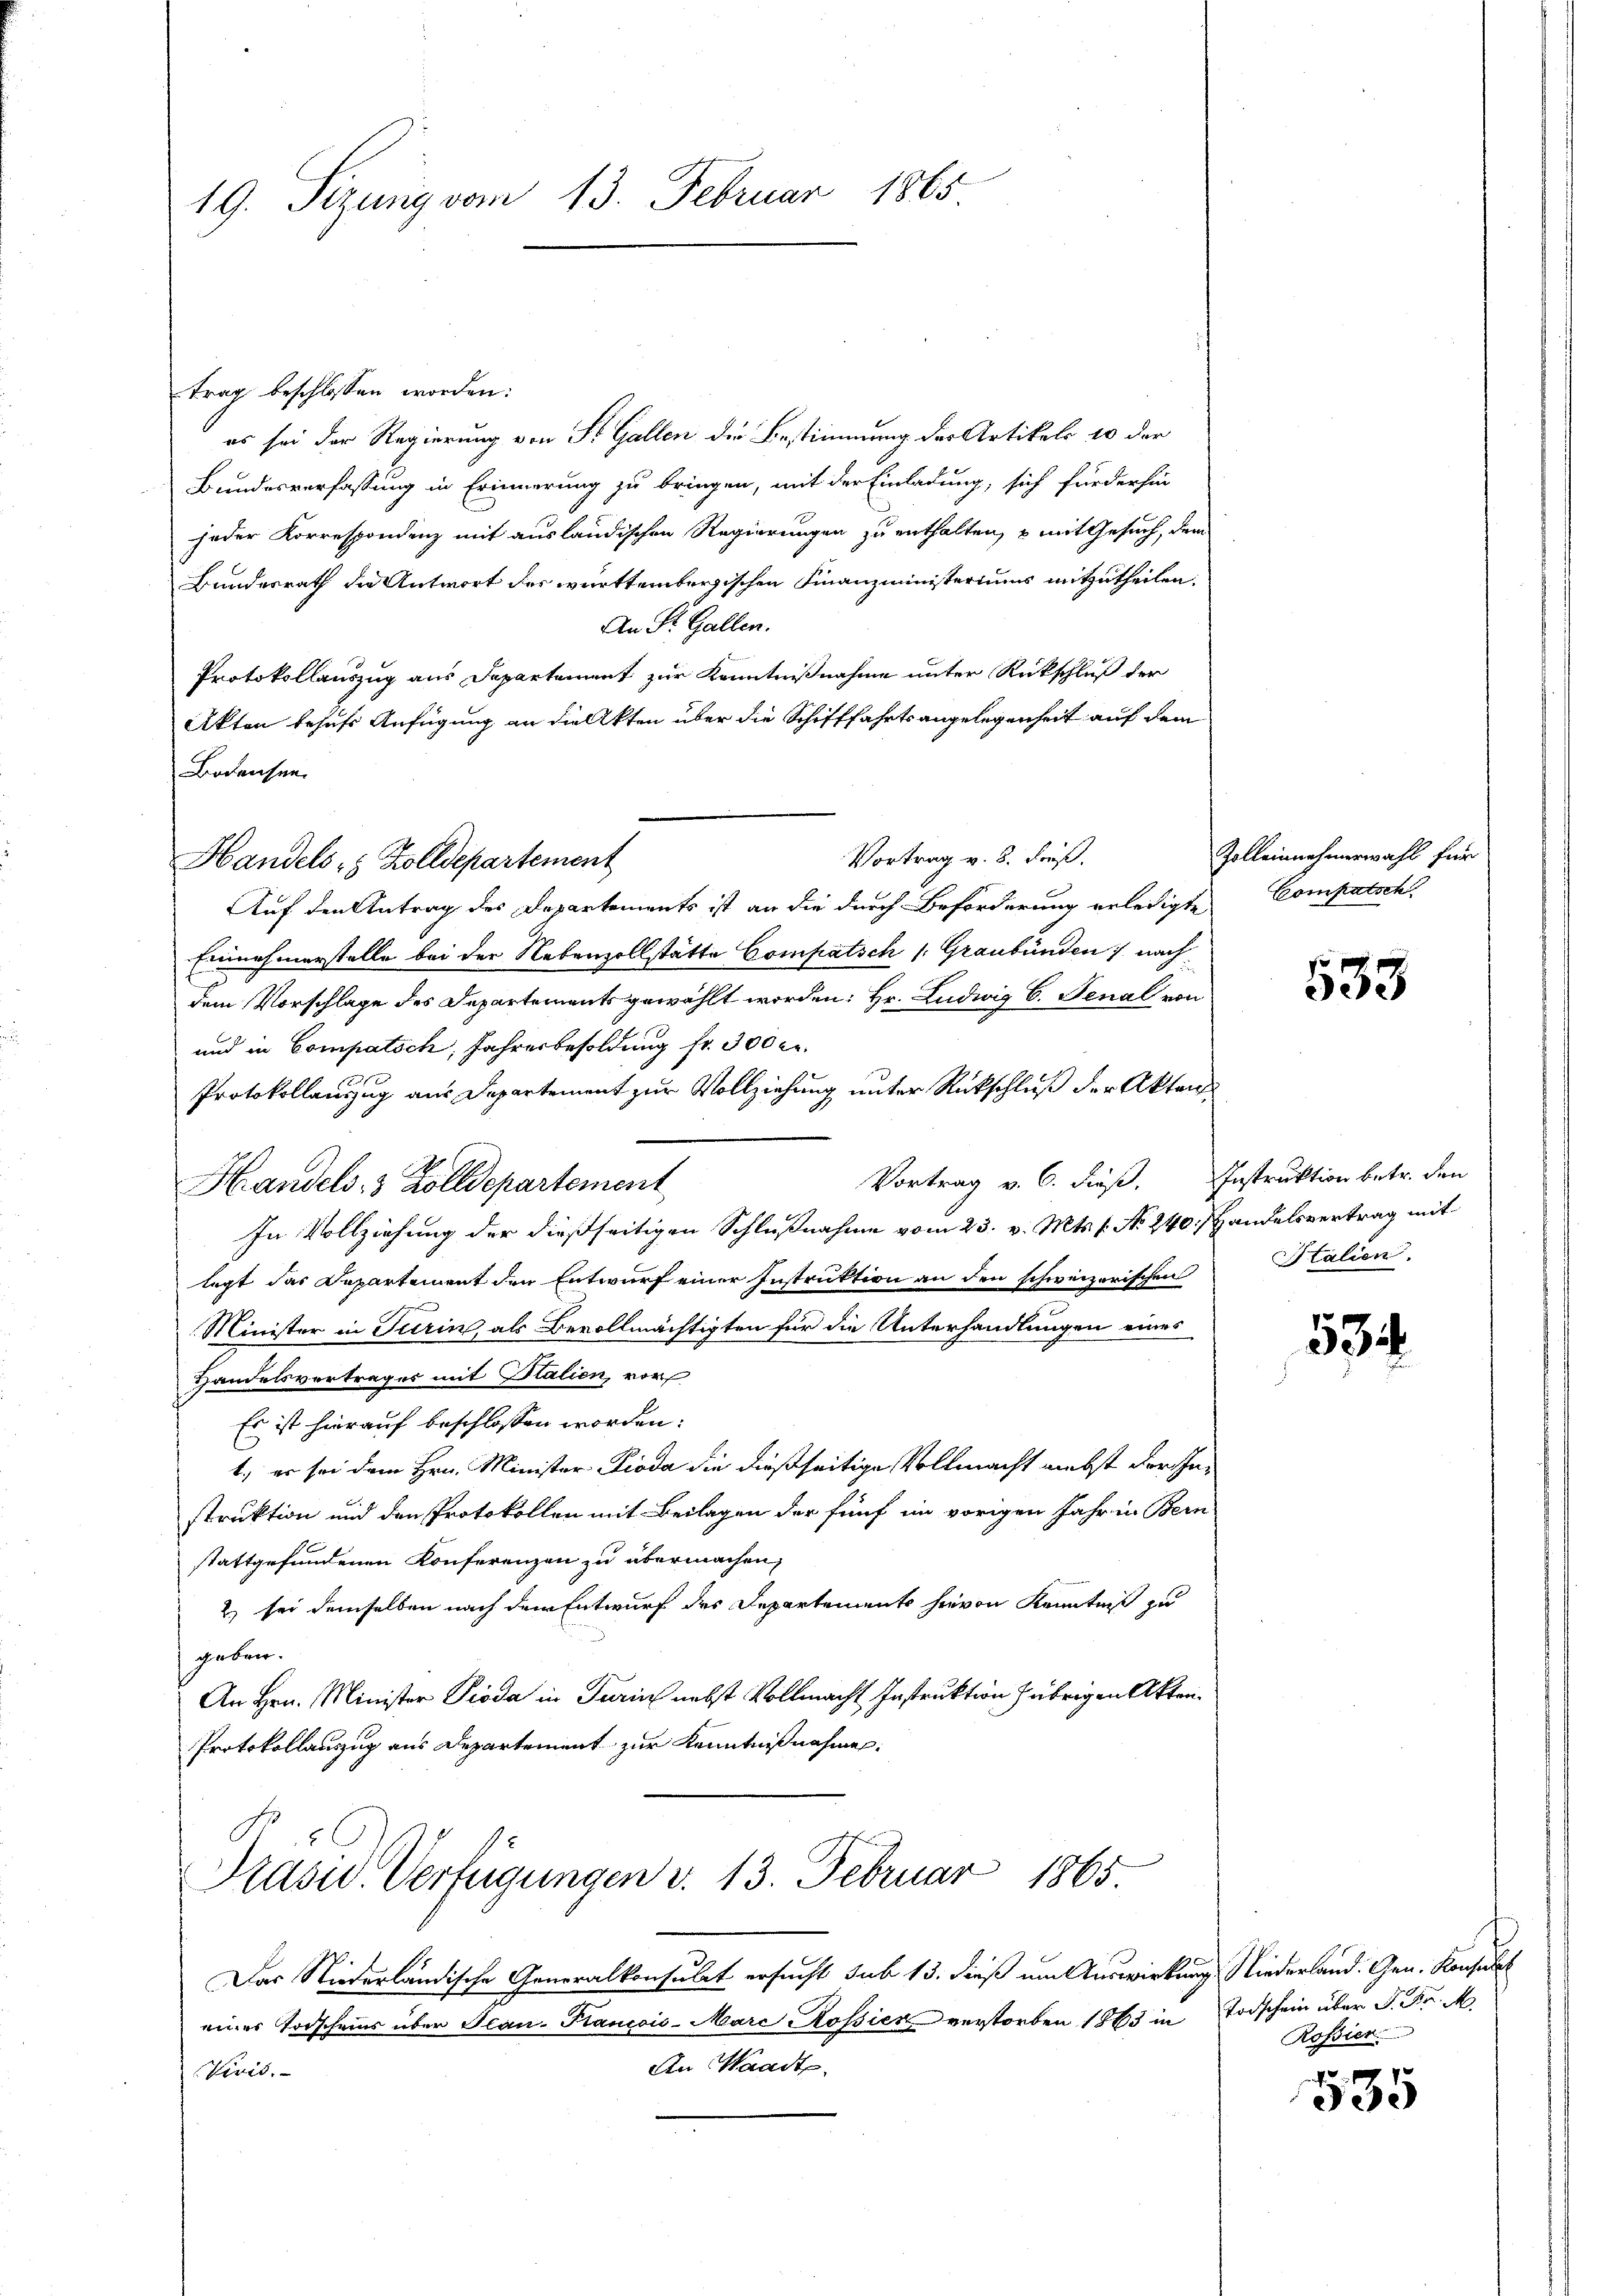
19. Sizung vom 13. Februar 1865

trag beschlossen worden:
es sei der Regierung von St. Gallen die Bestimmung des Artikels 10 der
Bundesverfassung in Erinnerung zu bringen, mit der Einladung, sich für der hin
jeder Korrespondenz mit ausländischen Regierungen zu enthalten, & mit Gesuch, dem
Bundesrath die Antwort des württembergischen Finanzministeriums mitzutheilen,
An St. Gallen.
Protokollauszug aus Departement zur Kenntnißnahme unter Rückschluß der
Akten behufs Anfügung an die Akten über die Schifffahrtsangelegenheit auf dem
Bodensen.
Vortrag v. 8. dieß.
Auf den Antrag des Departements ist an die durch Beförderung erledigte Compatsch
Einnahmerstelle bei der Nebenzollstätte Compatsch 1. Graubünden nach
dem Vorschlage des Departements gewählt worden: Hr. Ludwig 6. Jenal von
und in Compatsch, Jahresbesoldung fr. 300 c.
Protokollanzug aus Departement zur Vollziehung unter Rückschluß der Akten
Vortrag v. 6. dieß. Instruktion betr. den
Handels: 3 Zolldepartement
In Vollziehung der dießseitigen Schlußnahme vom 23. v. Mts. f. No. 240. Handelsvertrag mit
legt das Departement den Entwurf einer Instruktion an den schweizerischen
Minister in Turin, als Bevollmächtigten für die Unterhandlungen eines
Handelsvertrages mit Italien, vor
Es ist hierauf beschlossen worden.
1., es sei dem Hrn. Minister Pioda die dießseitige Vollmacht nebst der Instruktion und den Protokollen mit Beilagen der fünf im vorigen Jahr in Bern
stattgefundenen Konferenzen zu übermachen,
2) sei demselben nach dem Entwurf des Departements hievon Kenntniß zu
geben.
An Hrn. Minister Pioda in Turin nebst Vollmacht Instruktion übrigen Akten.
Protokollauszug aus Departement zur Kenntnißnahme:

Handels 5 Zolldepartement

Präsid. Verfügungen v. 13. Februar 1865.

Das Niederländische Generalkonsulat ersucht sub 13. dieß um Auswirkung, Niederland. Gen. Konsulat
eines Todscheins über Jean Francois-Marc Kopien verstorben 1865 in Todschein über P. Fr.
An Waadt.
Vivis.

Zolleinnehmerwahl für

533

Stalien.

534

Rossier

535